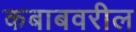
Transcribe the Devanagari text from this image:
कबाबवरील